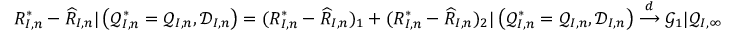
\begin{array} { r } { R _ { I , n } ^ { * } - \widehat { R } _ { I , n } | \left( \mathcal { Q } _ { I , n } ^ { * } = \mathcal { Q } _ { I , n } , \mathcal { D } _ { I , n } \right) = ( R _ { I , n } ^ { * } - \widehat R _ { I , n } ) _ { 1 } + ( R _ { I , n } ^ { * } - \widehat R _ { I , n } ) _ { 2 } | \left( \mathcal { Q } _ { I , n } ^ { * } = \mathcal { Q } _ { I , n } , \mathcal { D } _ { I , n } \right) \overset { d } { \longrightarrow } \mathcal { G } _ { 1 } | \mathcal { Q } _ { I , \infty } } \end{array}